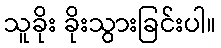
သူခိုး ခိုးသွားခြင်းပါ။